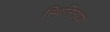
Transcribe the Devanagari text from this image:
स्थितितथ्य